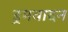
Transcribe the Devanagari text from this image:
ड्रमवादन